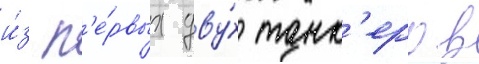
и́з п'е́рвых дву́х танк'еров